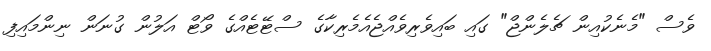
ވެސް "މެނެކުއިން ޗެލެންޖް" ގައި ބައިވެރިވެއްޖެއެމެރިކާގެ ސްޓޭޓެއްގެ ވޯޓް އަލުން ގުނަން ނިންމައިފި